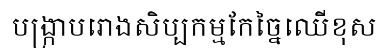
បង្ក្រាបរោងសិប្បកម្មកែច្នៃឈើខុស